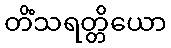
တိံသရတ္တိယော